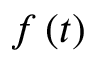
f \left( t \right)